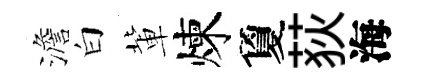
澹白軰煉夐荻海